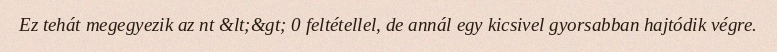
Ez tehát megegyezik az nt &lt;&gt; 0 feltétellel, de annál egy kicsivel gyorsabban hajtódik végre.